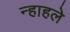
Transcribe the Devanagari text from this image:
न्हाहले